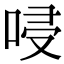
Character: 唚